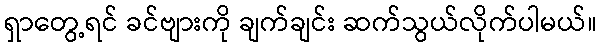
ရှာတွေ့ရင် ခင်ဗျားကို ချက်ချင်း ဆက်သွယ်လိုက်ပါမယ်။